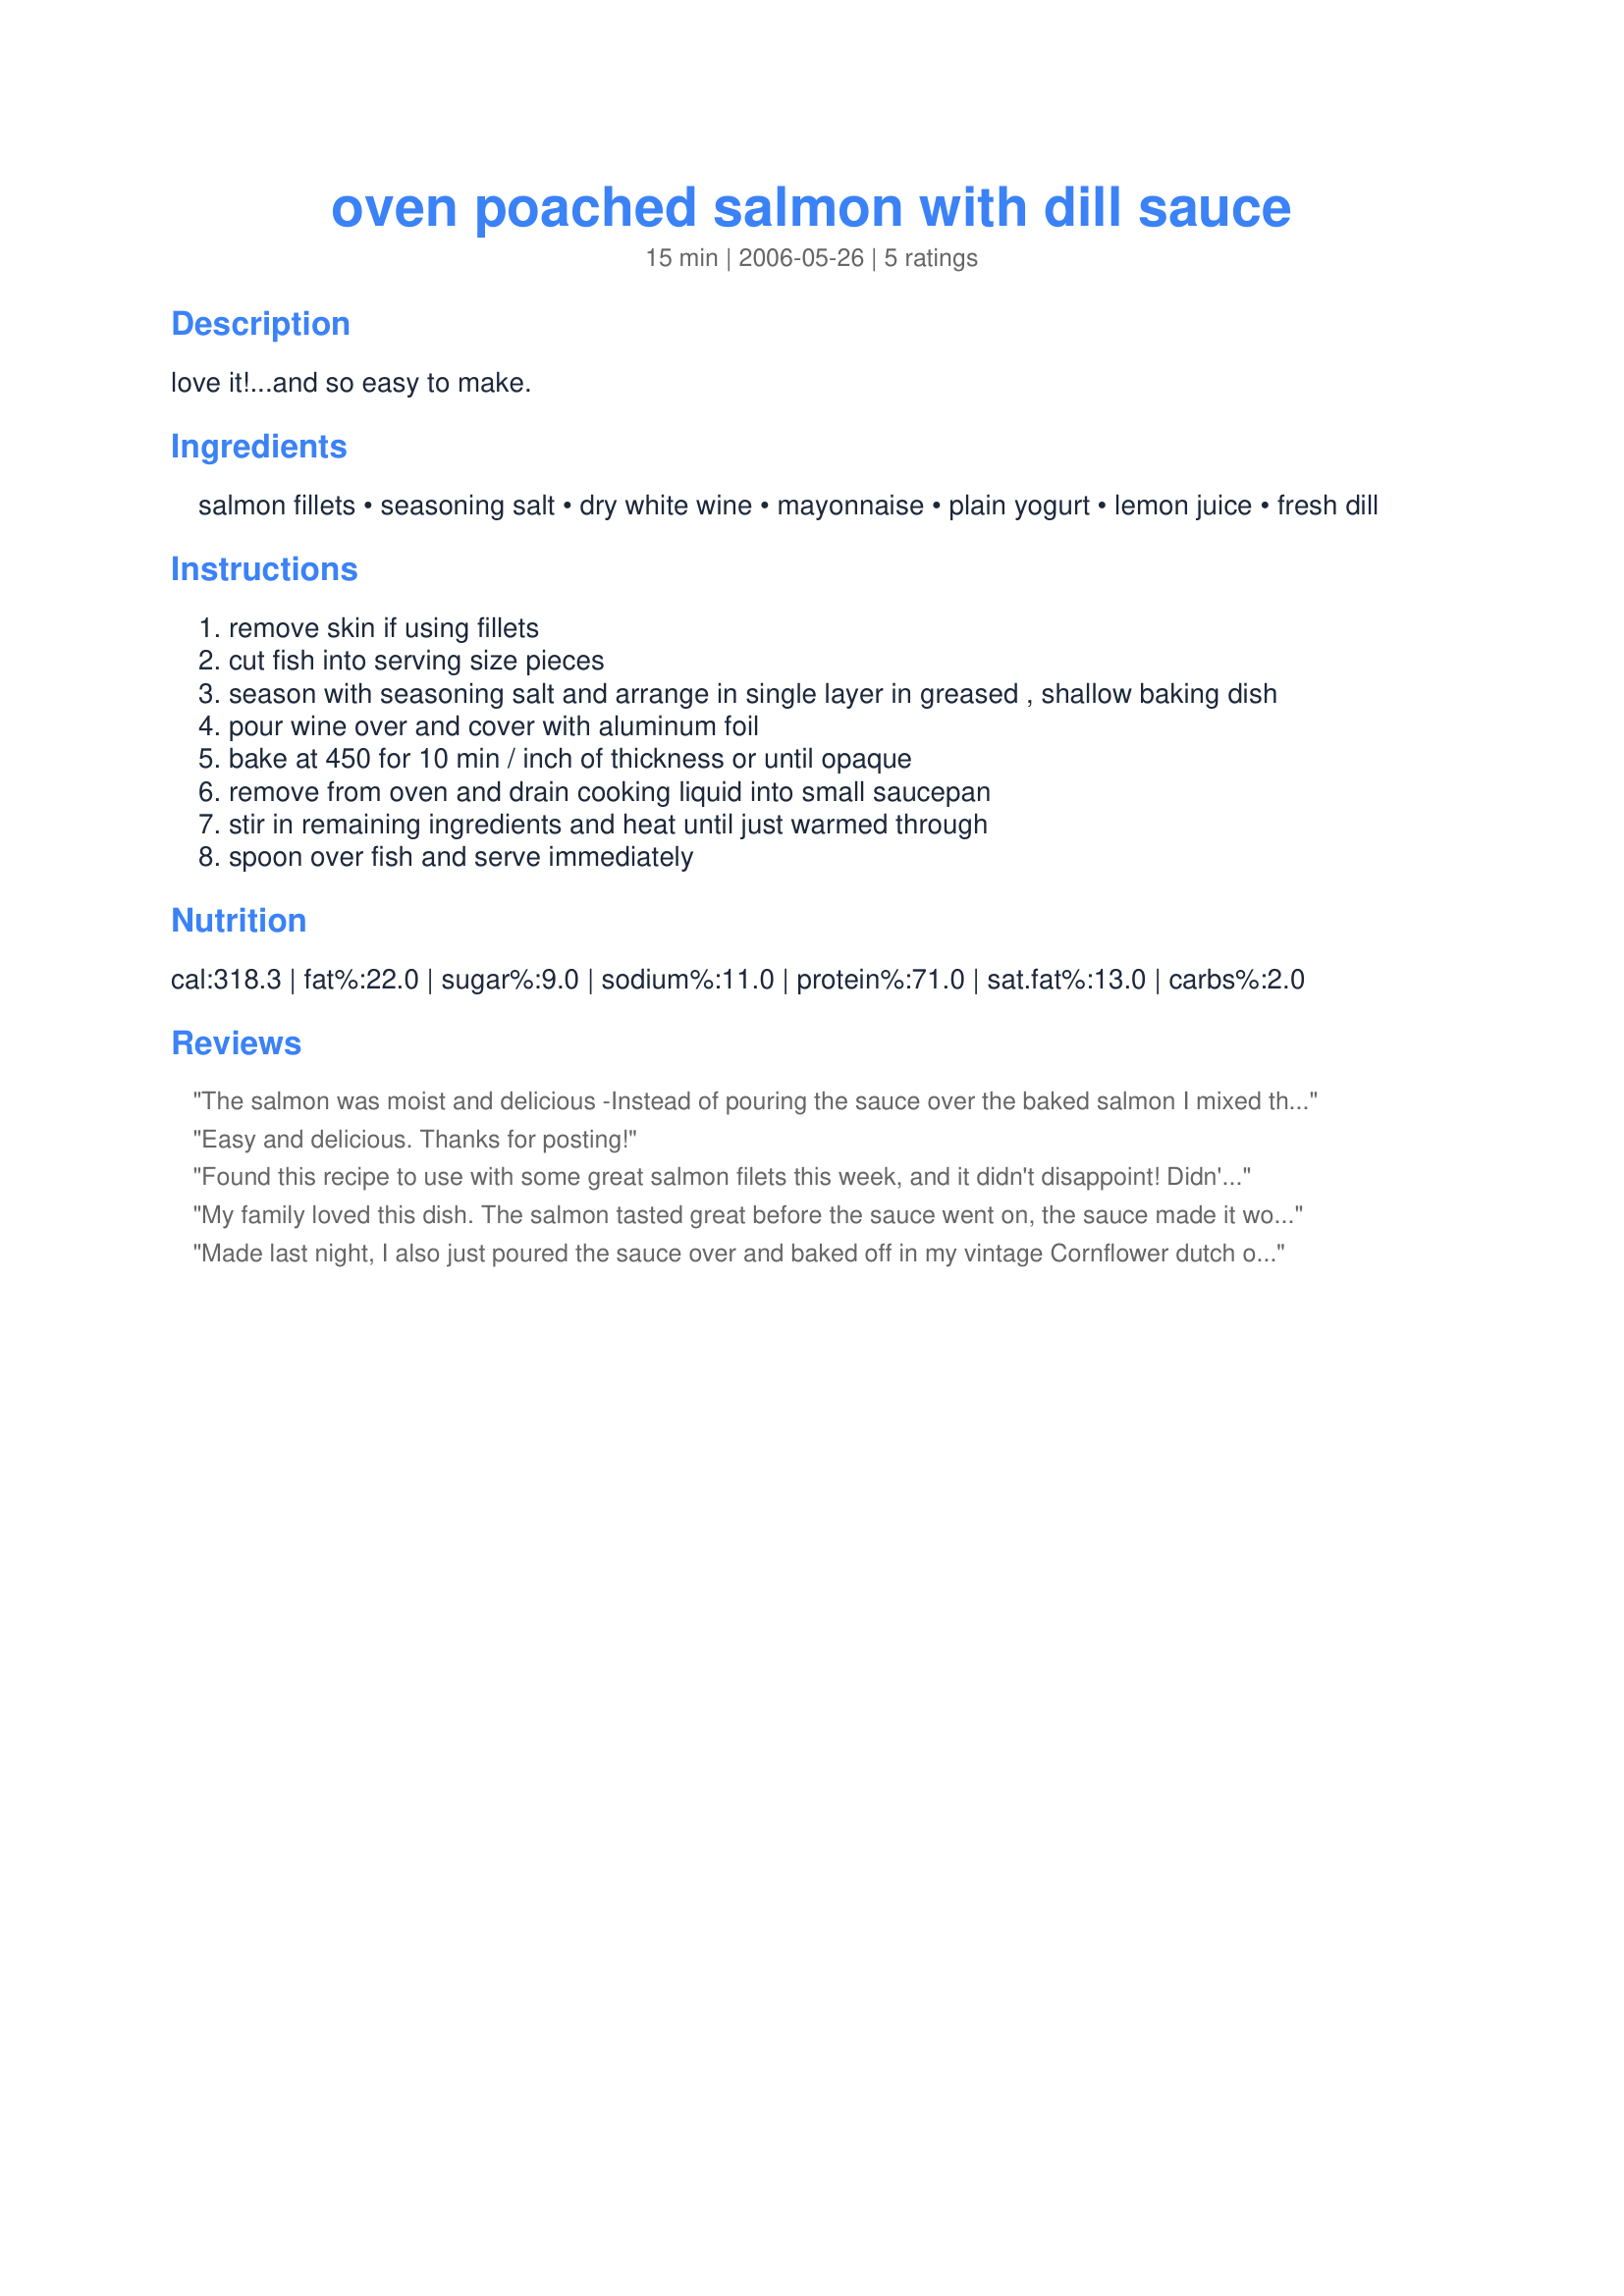
oven poached salmon with dill sauce
Preparation time: 15 minutes

love it!...and so easy to make.

Ingredients:
salmon fillets, seasoning salt, dry white wine, mayonnaise, plain yogurt, lemon juice, fresh dill

Steps:
remove skin if using fillets
cut fish into serving size pieces
season with seasoning salt and arrange in single layer in greased , shallow baking dish
pour wine over and cover with aluminum foil
bake at 450 for 10 min / inch of thickness or until opaque
remove from oven and drain cooking liquid into small saucepan
stir in remaining ingredients and heat until just warmed through
spoon over fish and serve immediately

Reviews:
The salmon was moist and delicious -Instead of pouring the sauce over the baked salmon I mixed the sauce, cut back on the wine and poured it over the salmon before baking it. The flvour was perfect. It was so easy to prepare and very tasty
Easy and delicious. Thanks for posting!
Found this recipe to use with some great salmon filets this week, and it didn't disappoint! Didn't have any wine, so substituted 1/2 water and 1/2 grape juice instead. The sauce was great, though a little runny - likely my fault as I eyeballed everything. Will definitely make again!
My family loved this dish. The salmon tasted great before the sauce went on, the sauce made it wonderful!
Made last night, I also just poured the sauce over and baked off in my vintage Cornflower dutch oven. While the sauce &#039;broke&#039; a bit, it was still good. Used sour cream since we had no plain yogurt, dried dill, not having fresh around, added fresh parsley, and sprinkled capers over when serving. As long as you don&#039;t overcook, a great dish. Will try &quot;per the recipe&quot; next time tho, as I wasn&#039;t thrilled with the appearance of the broken sauce, but liked the flavor.
